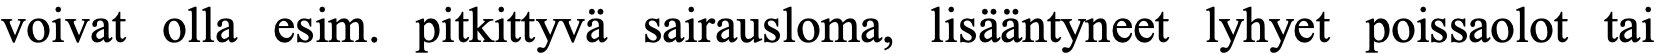
voivat olla esim. pitkittyvä sairausloma, lisääntyneet lyhyet poissaolot tai